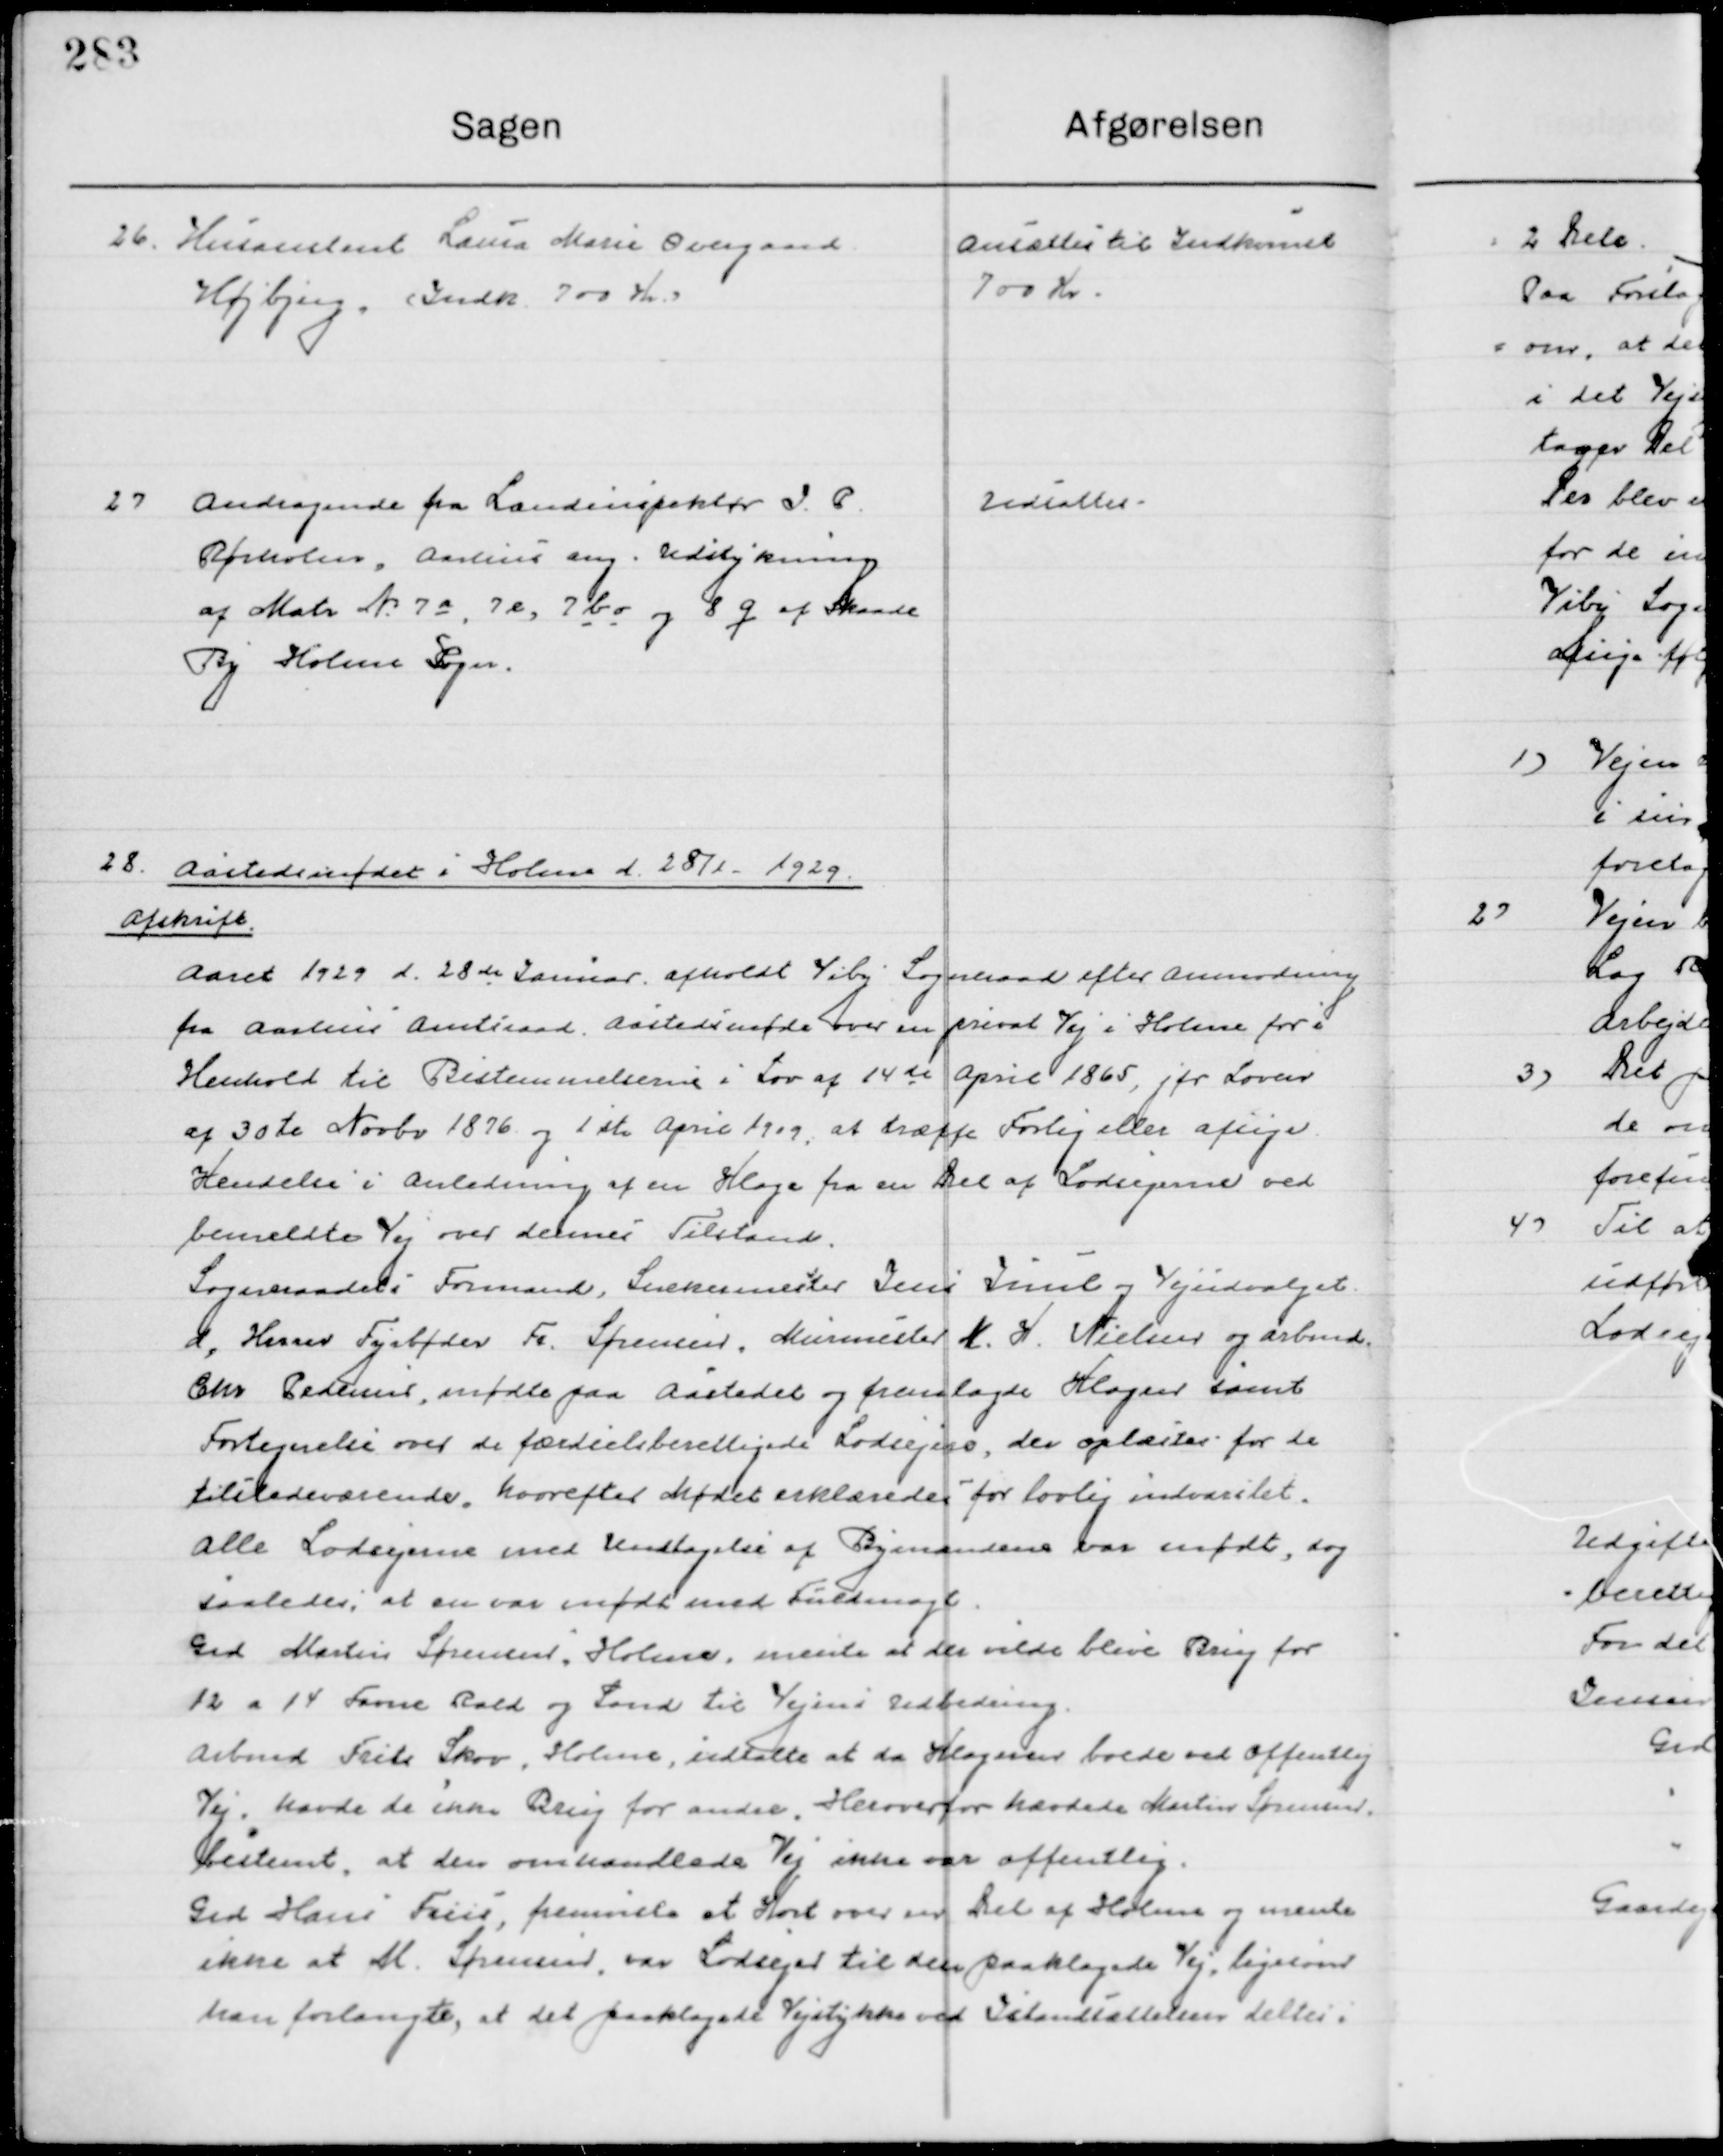
Transskription:
26

Husassistent Laura Marie Overgaard
Højbjerg. (Indk. 700 Kr.)

Ansættes til Indkomst
700 Kr.

2

Andragende fra Landinspektøren I. P.
Rørholm, Aarhus ang. Udstykning 
Af Matr. Nr. 7 a, 7 e, 7 b o og 8 q af Skaade
By Holme Sogn.

Udsættes

28

Aastedsmødt i Holme d. 28/1 1929.
Afskrift.

Aaret 1929 d. 28de Januar afholdt Viby Sogneraad efter Anmodning 
fra Aarhus Amtsraad, Aastedsmødet over en privat Vej i Holme for i
Henhold  til Bestemmelserne i Lov af 14de April 1865, før Loven
af 30te November 1876 og 1ste April 1909, at træffe Forlig eller afsige
Hendelese i Anledning af en Klage fra en del af Lodsejerne ved
bemeldte vej over dennes Tilstand.
Sogneraads Formand Snedkermester Jes Juul og Vejudvalget
d. Herrer Fyrbøder Fr. Sørensen, Murmester N. H. Nielsen og arbmd.
Chr. Pedersen, mødte paa Aastedet og fremlagde Klager samt
Fortegnelse over de Færdselsberettigede lodsejere, der oplæstes for de
Tilstedeværende, hvorefter Mødet erklæredes for lovlig indvarslet.
Alle Lodsejerne med Undtagelse af Bymændene var infødt, dog 
saaledes, at en var infødt med Fuldmagt.
Grd. Martin Sørensen, Holme, mente at der vilde blive Brug for
12 a 14 Favne Rald og Sand til vejenes Udbedring.
Arbmd. Frits Skov, Holme, udtalte at da Klagerne boede ved offentlig 
Vej, havde de ikke Brug for andre. Heroverfor hævdede Martin Sørensen
Bestemt, at den omhandlede Vej ikke var offentlig.
Grd Hans Friis, fremviste et Kort over den del af Holme og mente
Ikke at M. Sørensen var Lodsejer til den paaklagede Vej, ligesom
man forlangte, at det paaklagede Vejstykke ved Istandsættelsen deltes i